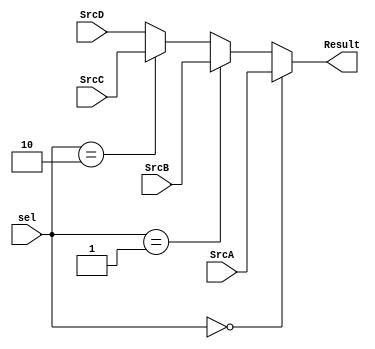
`timescale 1ns / 1ps
//////////////////////////////////////////////////////////////////////////////////
// Company: 
// Engineer: 
// 
// Design Name: 
// Module Name:    mux4 
// Project Name: 
// Target Devices: 
// Tool versions: 
// Description: 
//
// Dependencies: 
//
// Revision: 
// Revision 0.01 - File Created
// Additional Comments: 
//
//////////////////////////////////////////////////////////////////////////////////
module mux4 #(parameter WIDTH=32)(
    input [WIDTH-1:0] SrcA,
    input [WIDTH-1:0] SrcB,
    input [WIDTH-1:0] SrcC,
    input [WIDTH-1:0] SrcD,
    input [1:0] sel,
    output [WIDTH-1:0] Result
    );

	assign Result=	sel==2'b00 ? SrcA :
					sel==2'b01 ? SrcB :
					sel==2'b10 ? SrcC :
					SrcD;
endmodule